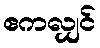
ဧကလျှင်